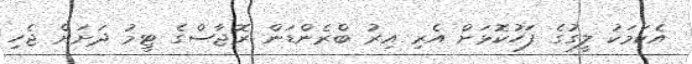
އެކަމަކު ލީގުގެ ފަހުކޮޅަށް އެރި އިރު ބްރެންޑަން ރޮޖާސްގެ ޓީމު ދަށަށް ޖެހި